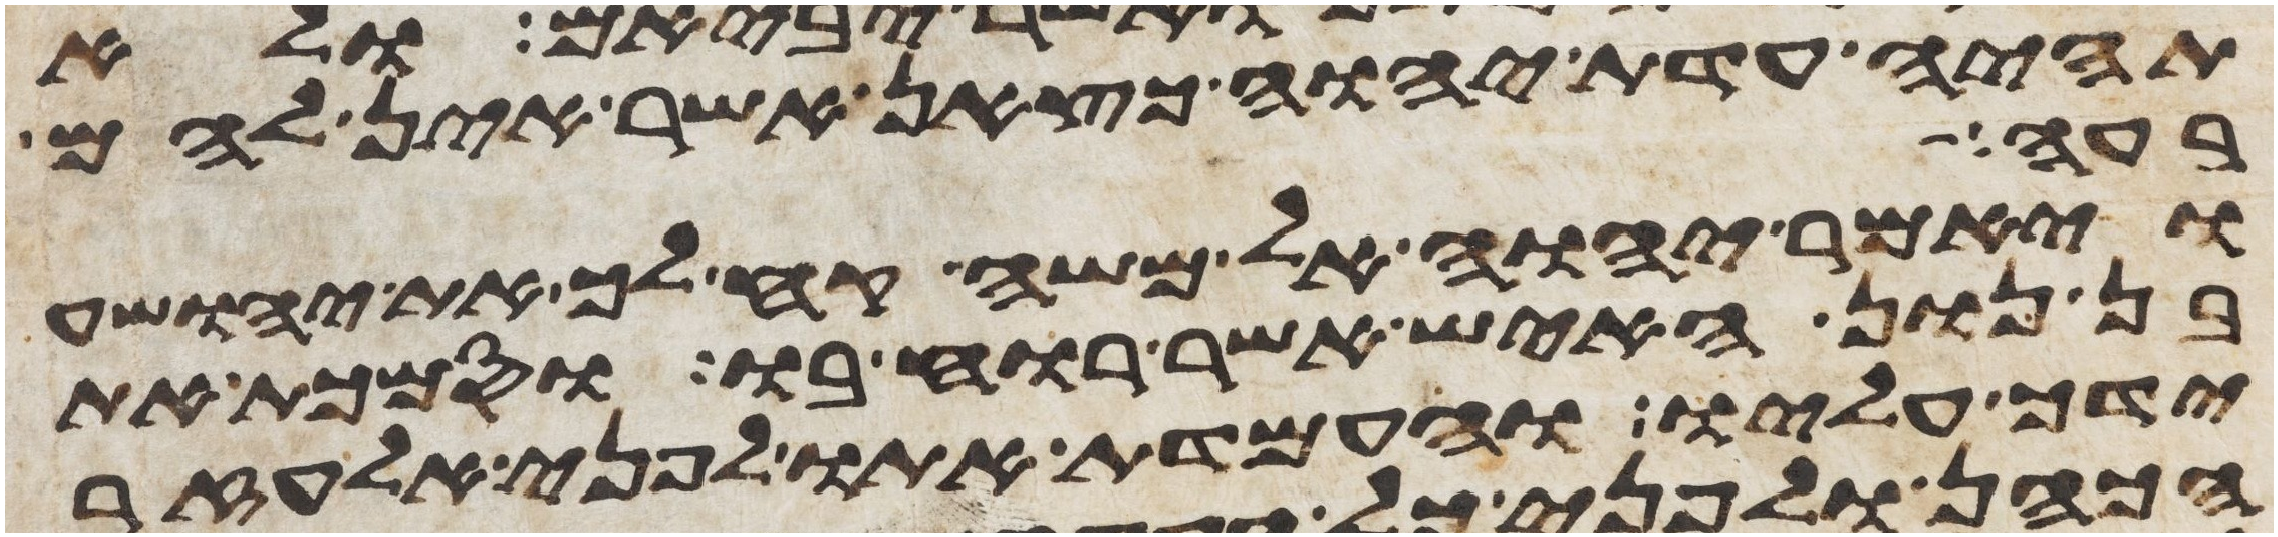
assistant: תהיה עדת יהוה כצאן אשר אין להם
שבעה
ויאמר יהוה אל משה קח לך את יהושע
בן נון האיש אשר רוחו בו וסמכת את
ידך עליו והעמדת אתו לפני אלעזר